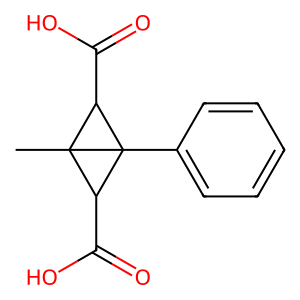
SMILES: CC12C(C(=O)O)C1(c1ccccc1)C2C(=O)O
Inhibits HIV replication: No